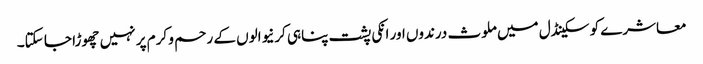
معاشرے کو سکینڈل میں ملوث درندوں اور انکی پشت پناہی کرنیوالوں کے رحم و کرم پر نہیں چھوڑا جا سکتا۔